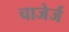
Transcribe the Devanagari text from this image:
चाजेर्ज